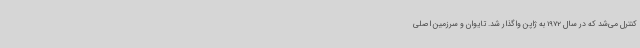
کنترل می‌شد که در سال 1972 به ژاپن واگذار شد. تایوان و سرزمین اصلی